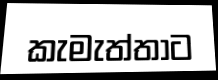
කැමැත්තාට